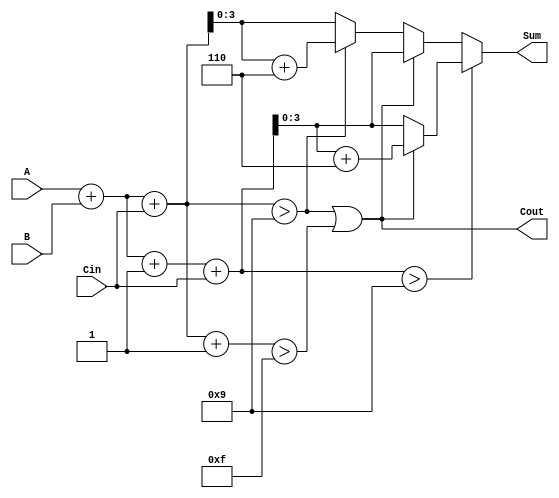
module BCD_MCSA (
    input [3:0] A,      // BCD Input A
    input [3:0] B,      // BCD Input B
    input Cin,          // Carry In
    output reg [3:0] Sum, // BCD Sum
    output reg Cout       // Carry Out
);

    wire [4:0] Sum0; // A + B + 0 (carry in = 0)
    wire [4:0] Sum1; // A + B + 1 (carry in = 1)

    // Path 0: A + B + 0 (without carry)
    assign Sum0 = A + B + Cin;

    // Path 1: A + B + 1 (with carry)
    assign Sum1 = A + B + 1 + Cin;

    // BCD Correction Logic
    always @(*) begin
        // Default outputs
        Sum = 4'b0000;
        Cout = 1'b0;
        
        // Check for BCD correction on Sum0
        if (Sum0 > 9) begin
            Sum = Sum0 + 6;
        end else begin
            Sum = Sum0;
        end
        
        // Determine carry-out based on the first path
        Cout = (Sum0 > 9) || (Sum0 + 1 > 15);

        // Check for BCD correction on Sum1
        if (Sum1 > 9) begin
            if (Cout) begin
                Sum = Sum1 + 6; // Use Sum1 if carry-out is set
            end else begin
                Sum = Sum1; // No correction needed
            end
        end else begin
            // If no correction needed, use the generated sum
            if (Cout) begin
                Sum = Sum1; // Use Sum1 if carry-out is set
            end
        end
    end

endmodule